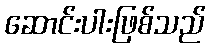
ဆောင်းပါးဖြစ်သည်